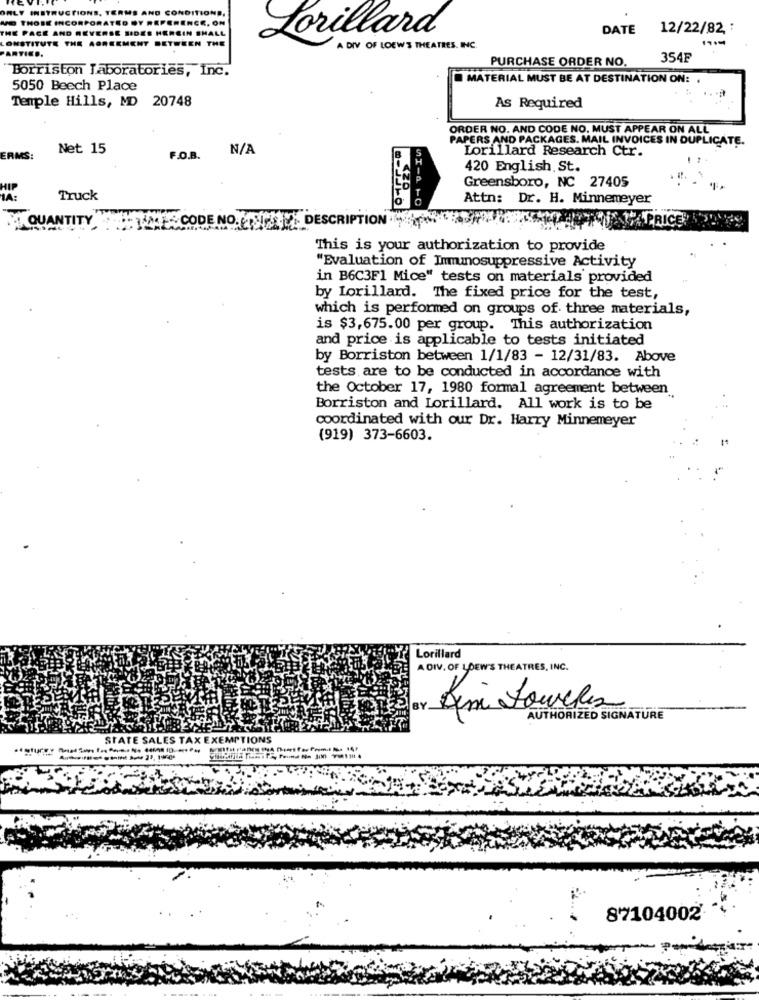
INSTRUCTIONS, TERMS AND CONDITIONS,
THOSE
NCORPOR
ATEO
THE PACE
ERSE SIDES HEREIN
ALL
DATE
12/22/82, :
CONSTITUTE THE
OREKMENT BETWEEN THE
Lorillard
A DIV OF LOEWS THEATRES. INC.
PURCHASE ORDER NO.
354F
Borriston Laboratories, Inc.
MATERIAL MUST BE AT DESTINATION ON: .
5050 Beech Place
Temple Hills, MD 20748
As Required
ORDER NO. AND CODE NO. MUST APPEAR ON ALL
PAPERS AND PACKAGES. MAIL INVOICES IN DUPLICATE.
Net 15
Lorillard Research Ctr.
ERMS:
F.O.B.
420 English. St.
Greensboro, NC 27405
1A:
Truck
Attn: Dr. H. Minnemeyer
TITY
DE
DESCRIPTION
ICE
This is your authorization to provide
"Evaluation of Immunosuppressive Activity
in B6C3F1 Mice" tests on materials provided
by Lorillard. The fixed price for the test,
which is performed on groups of three materials,
is $3,675.00 per group. This authorization
and price is applicable to tests initiated
by Borriston between 1/1/83 - 12/31/83. Above
tests are to be conducted in accordance with
the October 17, 1980 formal agreement between
Borriston and Lorillard. All work is to be
coordinated with our Dr. Harry Minnemeyer
(919) 373-6603.
Lorillard
A DIV. OF LOEW'S THEATRES, INC.
AUTHORIZED SIGNATURE
STATE SALES TAX EXEMPTIONS
87104002